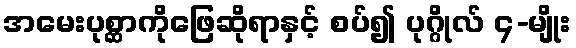
အမေးပုစ္ဆာကိုဖြေဆိုရာနှင့် စပ်၍ ပုဂ္ဂိုလ် ၄-မျိုး